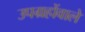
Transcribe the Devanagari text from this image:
उपग्रहोंवाले